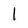
Character: 1